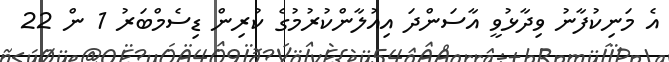
އެ މަނިކުފާނު ވިދާޅުވީ އާސަންދަ އިއުލާންކުރުމުގެ ކުރިން ޑިސެމްބަރު 1 ން 22